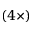
( 4 \times )